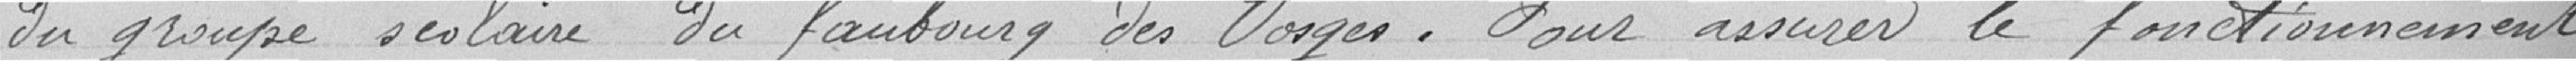
du groupe scolaire du faubourg des Vosges. Pour assurer le fonctionnement